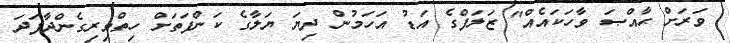
ވަރަށް ޙާއްޞަ ވާހަކައެއް" ޒަލަފްގެ އަޑު އަހަމުން ދިޔަ ޔަލާގެ ކަންފަތަށް ހިތްވިރިގެންދާފަދަ